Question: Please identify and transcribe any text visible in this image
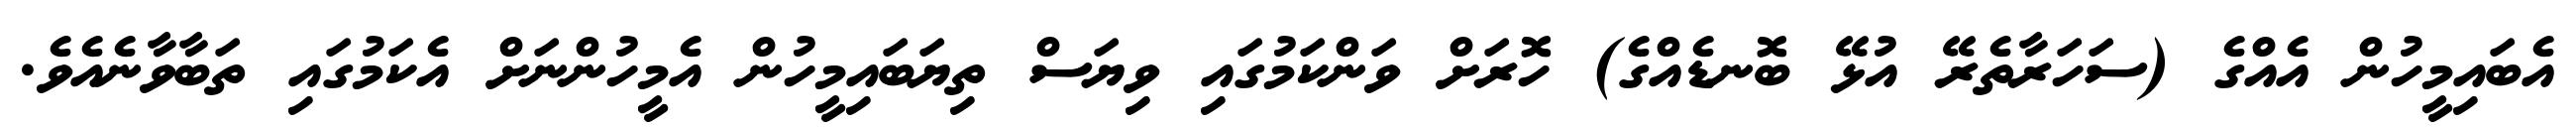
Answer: އެބައިމީހުން އެއްގެ (ސަހަރާތެރޭ އުޅޭ ބޮނޑެއްގެ) ހޮރަށް ވަންކަމުގައި ވިޔަސް ތިޔަބައިމީހުން އެމީހުންނަށް އެކަމުގައި ތަބާވާނެއެވެ.